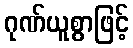
ဂုဏ်ယူစွာဖြင့်